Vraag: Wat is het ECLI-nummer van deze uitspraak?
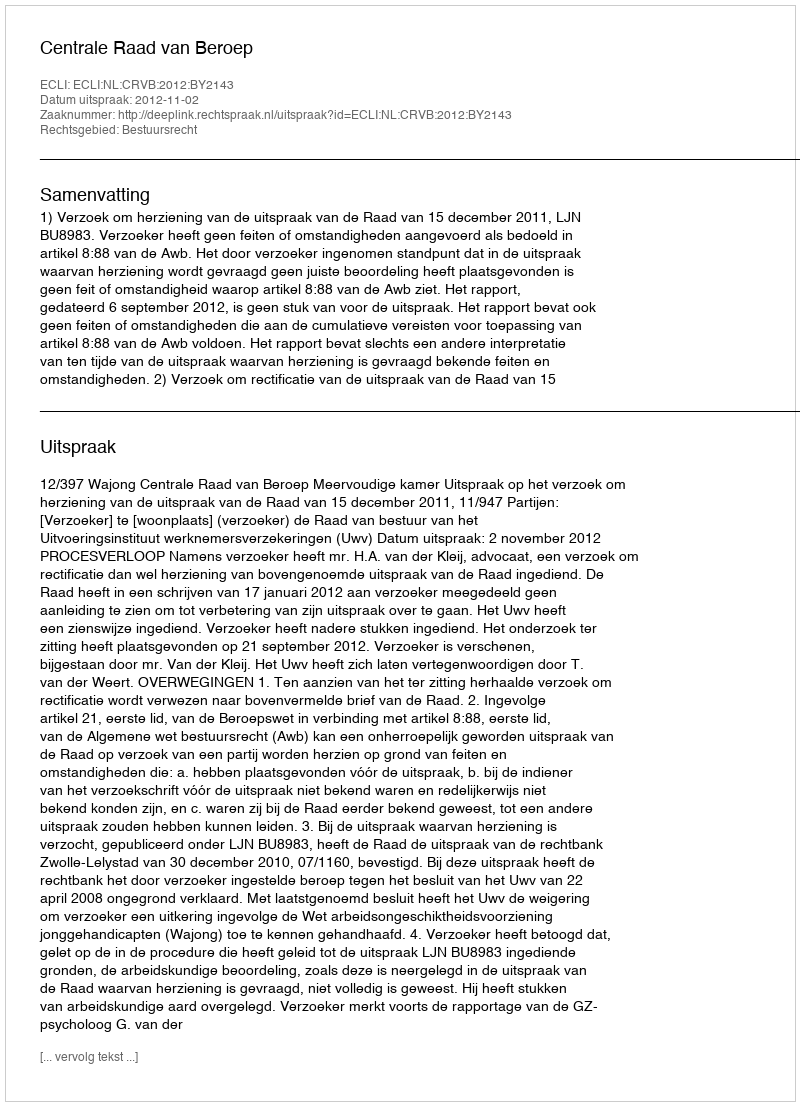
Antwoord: ECLI:NL:CRVB:2012:BY2143